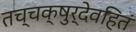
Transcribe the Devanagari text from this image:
तच्चक्षुर्देवहितं